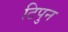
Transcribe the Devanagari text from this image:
टिपुन